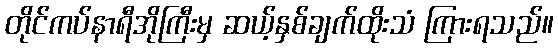
တိုင်ကပ်နာရီအိုကြီးမှ ဆယ့်နှစ်ချက်ထိုးသံ ကြားရသည်။